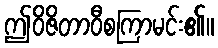
ဤဝိဇိတာဝီစကြာမင်း၏။